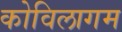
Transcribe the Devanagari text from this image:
कोविलागम